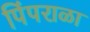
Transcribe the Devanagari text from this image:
पिंपराळा